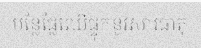
បន្លែផ្លែឈើផ្ទុកនូវសារធាតុ